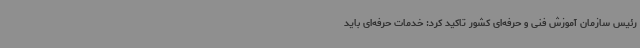
رئیس سازمان آموزش فنی و حرفه‌ای کشور تاکید کرد: خدمات حرفه‌ای باید